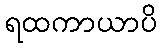
ရထကာယာပိ